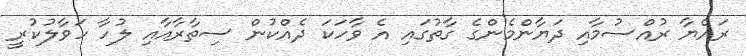
ރައްޔާ ރުއްސުމާއި ދަޔާންމެންގެ ގާތުގައި އެ ވާހަކަ ދެއްކުން ސިތާރާއާއި ލުހާ ހަވާލުކުރީ